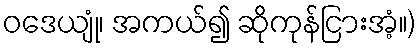
ဝဒေယျုံ၊ အကယ်၍ ဆိုကုန်ငြားအံ့။)